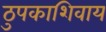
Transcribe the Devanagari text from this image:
ठुपकाशिवाय